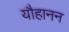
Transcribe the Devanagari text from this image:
यौहानन